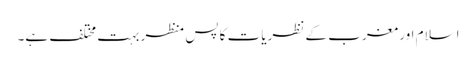
اسلام اور مغرب کے نظریات کا پس منظر بہت مختلف ہے۔